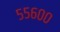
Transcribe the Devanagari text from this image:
५५६००